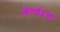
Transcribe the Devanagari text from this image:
कार्यरत्त